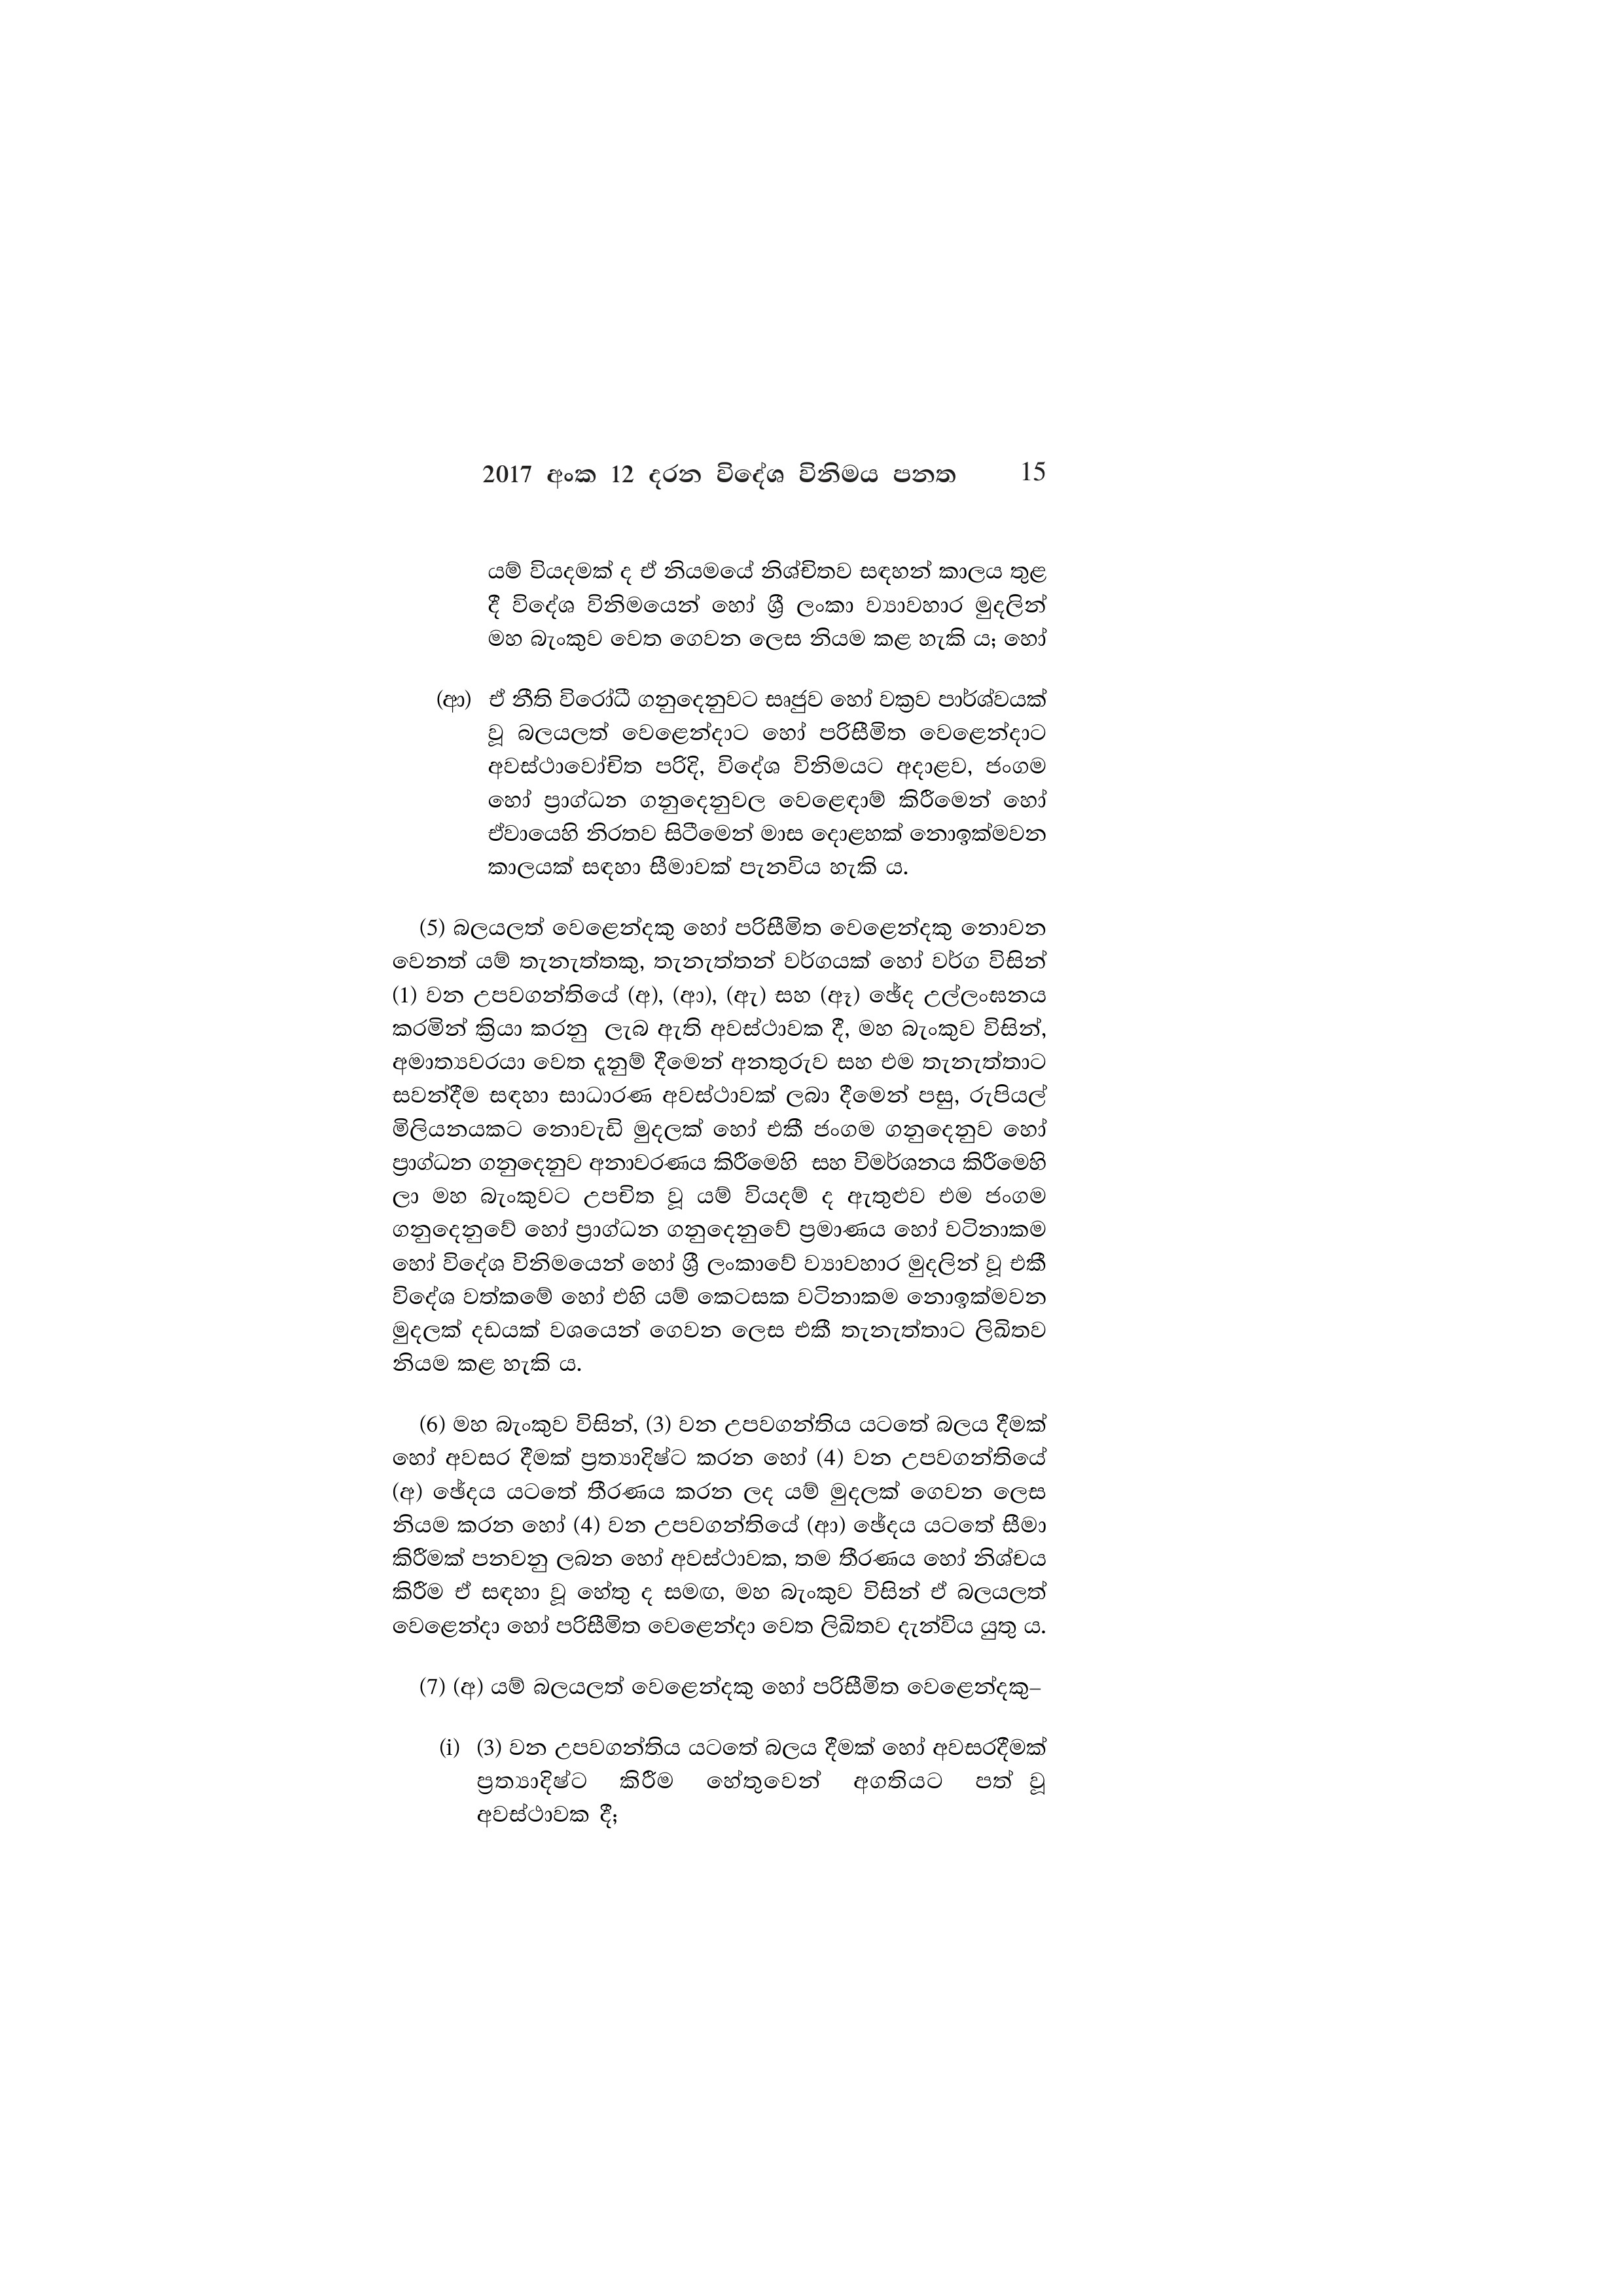
2017 අංක 12 දරන විදේශ විනිමය පනත 15

යම් වියදමක් ද ඒ නියමයේ නිශ්චිතව සඳහන් කාලය තුළ
දී විදේශ විනිමයෙන් හෝ ශ්‍රී ලංකා ව්‍යාවහාර මුදලින්
මහ බැංකුව වෙත ගෙවන ලෙස නියම කළ හැකි ය; හෝ

(ආ) ඒ නීති විරෝධී ගනුදෙනුවට සෘජුව හෝ වක්‍රව පාර්ශ්වයක්
වූ බලයලත් වෙළෙන්දාට හෝ පරිසීමිත වෙළෙන්දාට
අවස්ථාවෝචිත පරිදි, විදේශ විනිමයට අදාළව, ජංගම
හෝ ප්‍රාග්ධන ගනුදෙනුවල වෙළෙඳාම් කිරීමෙන් හෝ
ඒවායෙහි නිරතව සිටීමෙන් මාස දොළහක් නොඉක්මවන
කාලයක් සඳහා සීමාවක් පැනවිය හැකි ය.

(5) බලයලත් වෙළෙන්දකු හෝ පරිසීමිත වෙළෙන්දකු නොවන
වෙනත් යම් තැනැත්තකු, තැනැත්තන් වර්ගයක් හෝ වර්ග විසින්
(1) වන උපවගන්තියේ (අ), (ආ), (ඇ) සහ (ඈ) ඡේද උල්ලංඝනය
කරමින් ක්‍රියා කරනු ලැබ ඇති අවස්ථාවක දී, මහ බැංකුව විසින්,
අමාත්‍යවරයා වෙත දැනුම් දීමෙන් අනතුරුව සහ එම තැනැත්තාට
සවන්දීම සඳහා සාධාරණ අවස්ථාවක් ලබා දීමෙන් පසු, රුපියල්
මිලියනයකට නොවැඩි මුදලක් හෝ එකී ජංගම ගනුදෙනුව හෝ
ප්‍රාග්ධන ගනුදෙනුව අනාවරණය කිරීමෙහි සහ විමර්ශනය කිරීමෙහි
ලා මහ බැංකුවට උපචිත වූ යම් වියදම් ද ඇතුළුව එම ජංගම
ගනුදෙනුවේ හෝ ප්‍රාග්ධන ගනුදෙනුවේ ප්‍රමාණය හෝ වටිනාකම
හෝ විදේශ විනිමයෙන් හෝ ශ්‍රී ලංකාවේ ව්‍යාවහාර මුදලින් වූ එකී
විදේශ වත්කමේ හෝ එහි යම් කෙටසක වටිනාකම නොඉක්මවන
මුදලක් දඩයක් වශයෙන් ගෙවන ලෙස එකී තැනැත්තාට ලිඛිතව
නියම කළ හැකි ය.

(6) මහ බැංකුව විසින්, (3) වන උපවගන්තිය යටතේ බලය දීමක්
හෝ අවසර දීමක් ප්‍රත්‍යාදිෂ්ට කරන හෝ (4) වන උපවගන්තියේ
(අ) ඡේදය යටතේ තීරණය කරන ලද යම් මුදලක් ගෙවන ලෙස
නියම කරන හෝ (4) වන උපවගන්තියේ (ආ) ඡේදය යටතේ සීමා
කිරීමක් පනවනු ලබන හෝ අවස්ථාවක, තම තීරණය හෝ නිශ්චය
කිරීම ඒ සඳහා වූ හේතු ද සමඟ, මහ බැංකුව විසින් ඒ බලයලත්
වෙළෙන්දා හෝ පරිසීමිත වෙළෙන්දා වෙත ලිඛිතව දැන්විය යුතු ය.

(7) (අ) යම් බලයලත් වෙළෙන්දකු හෝ පරිසීමිත වෙළෙන්දකු–

(i) (3) වන උපවගන්තිය යටතේ බලය දීමක් හෝ අවසරදීමක්
ප්‍රත්‍යාදිෂ්ට කිරීම හේතුවෙන් අගතියට පත් වූ
අවස්ථාවක දී;